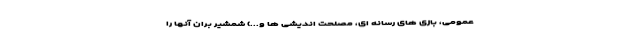
عمومی، بازی های رسانه ای، مصلحت اندیشی ها و...) شمشیر برّان آنها را